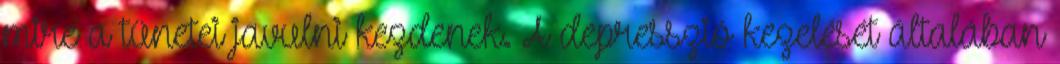
mire a tünetei javulni kezdenek. A depresszió kezelését általában